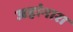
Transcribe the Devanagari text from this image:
जहांनारा